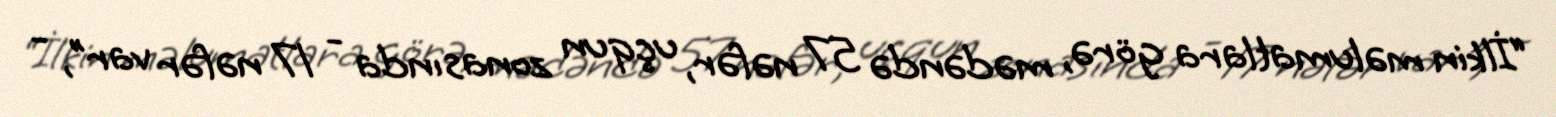
“İlkin məlumatlara görə, mədəndə 57 nəfər, uçqun zonasında - 17 nəfər var”, -